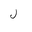
Letter: _lam